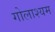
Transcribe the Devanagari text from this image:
गोलाश्यम